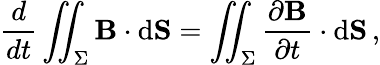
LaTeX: {\frac{d}{dt}}\iint_{\Sigma}\mathbf{B}\cdot\mathrm{d}\mathbf{S}=\iint_{\Sigma}{\frac{\partial\mathbf{B}}{\partial t}}\cdot\mathrm{d}\mathbf{S}\, ,